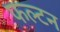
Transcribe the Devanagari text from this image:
फल्टन